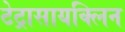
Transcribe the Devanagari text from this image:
टेट्रासायक्लिन